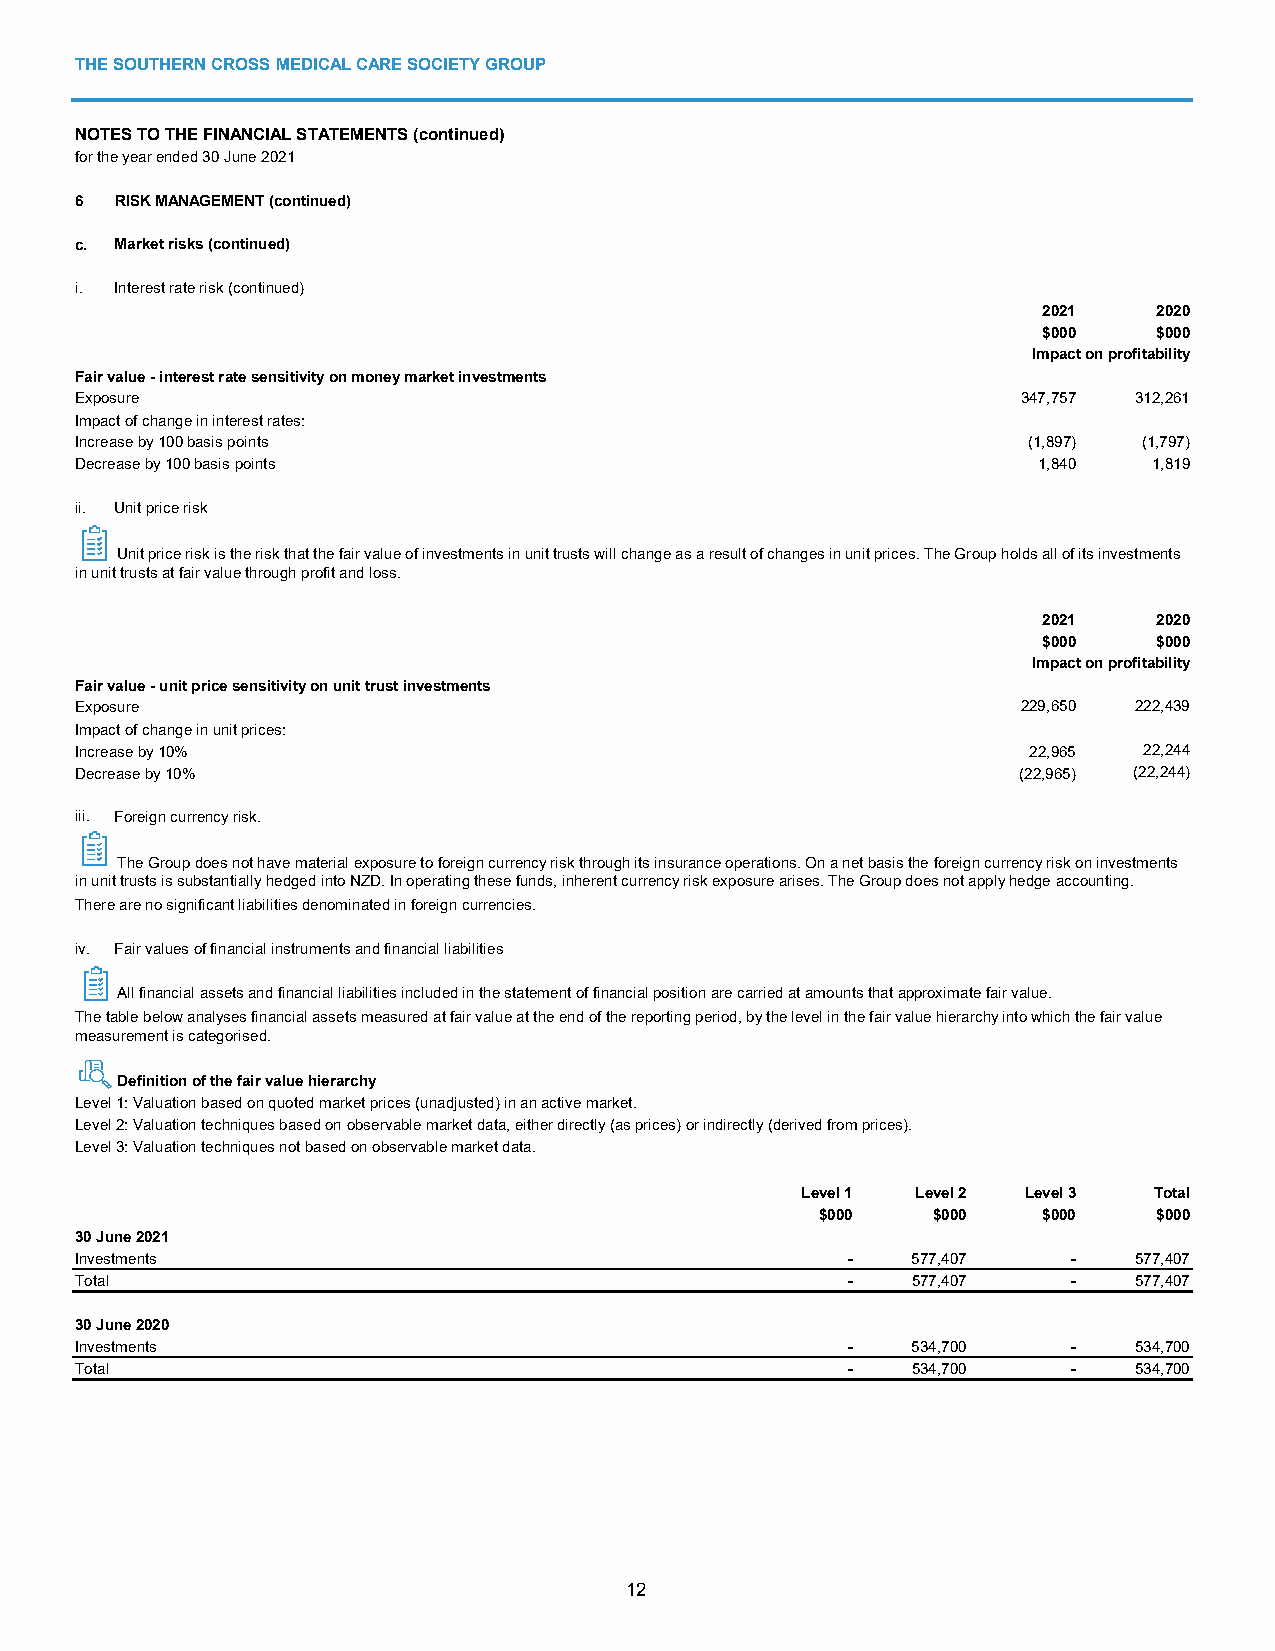
THE SOUTHERN CROSS MEDICAL CARE SOCIETY GROUP
 NOTES TO THE FINANCIAL STATEMENTS (continued)
 for the year ended 30 June 2021
 6  RISK MANAGEMENT (continued)
 c. Market risks (continued)
 i. Interest rate risk (continued)
 2021    2020
 $000    $000
 Impact on profitability
 Fair value - interest rate sensitivity on money market investments
 Exposure                                                       347,757 312,261
 Impact of change in interest rates:
 Increase by 100 basis points                                   (1,897) (1,797)
 Decrease by 100 basis points                                    1,840  1,819
 ii. Unit price risk
 Unit price risk is the risk that the fair value of investments in unit trusts will change as a result of changes in unit prices. The Group holds all of its investments
 in unit trusts at fair value through profit and loss.
 2021    2020
 $000    $000
 Impact on profitability
 Fair value - unit price sensitivity on unit trust investments
 Exposure                                                       229,650 222,439
 Impact of change in unit prices:
 Increase by 10%                                                22,965  22,244
 Decrease by 10%                                               (22,965) (22,244)
 iii. Foreign currency risk.
 The Group does not have material exposure to foreign currency risk through its insurance operations. On a net basis the foreign currency risk on investments
 in unit trusts is substantially hedged into NZD. In operating these funds, inherent currency risk exposure arises. The Group does not apply hedge accounting.
 There are no significant liabilities denominated in foreign currencies.
 iv. Fair values of financial instruments and financial liabilities
 All financial assets and financial liabilities included in the statement of financial position are carried at amounts that approximate fair value.
 The table below analyses financial assets measured at fair value at the end of the reporting period, by the level in the fair value hierarchy into which the fair value
 measurement is categorised.
 Definition of the fair value hierarchy
 Level 1: Valuation based on quoted market prices (unadjusted) in an active market.
 Level 2: Valuation techniques based on observable market data, either directly (as prices) or indirectly (derived from prices).
 Level 3: Valuation techniques not based on observable market data.
 Level 1 Level 2 Level 3 Total
 $000    $000   $000    $000
 30 June 2021
 Investments                                        -   577,407    -   577,407
 Total                                              -   577,407    -   577,407
 30 June 2020
 Investments                                        -   534,700    -   534,700
 Total                                              -   534,700    -   534,700
 12